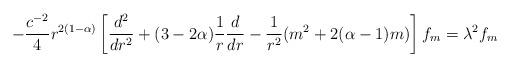
LaTeX: \begin{align*} -\frac{c^{-2}}{4} r^{2(1-\alpha)} \left[ \frac{d^{2}}{dr^{2}} + (3 - 2\alpha) \frac{1}{r} \frac{d}{dr} -\frac{1}{r^{2}} (m^{2} +2(\alpha -1)m) \right] f_{m} = \lambda^{2} f_{m}\end{align*}